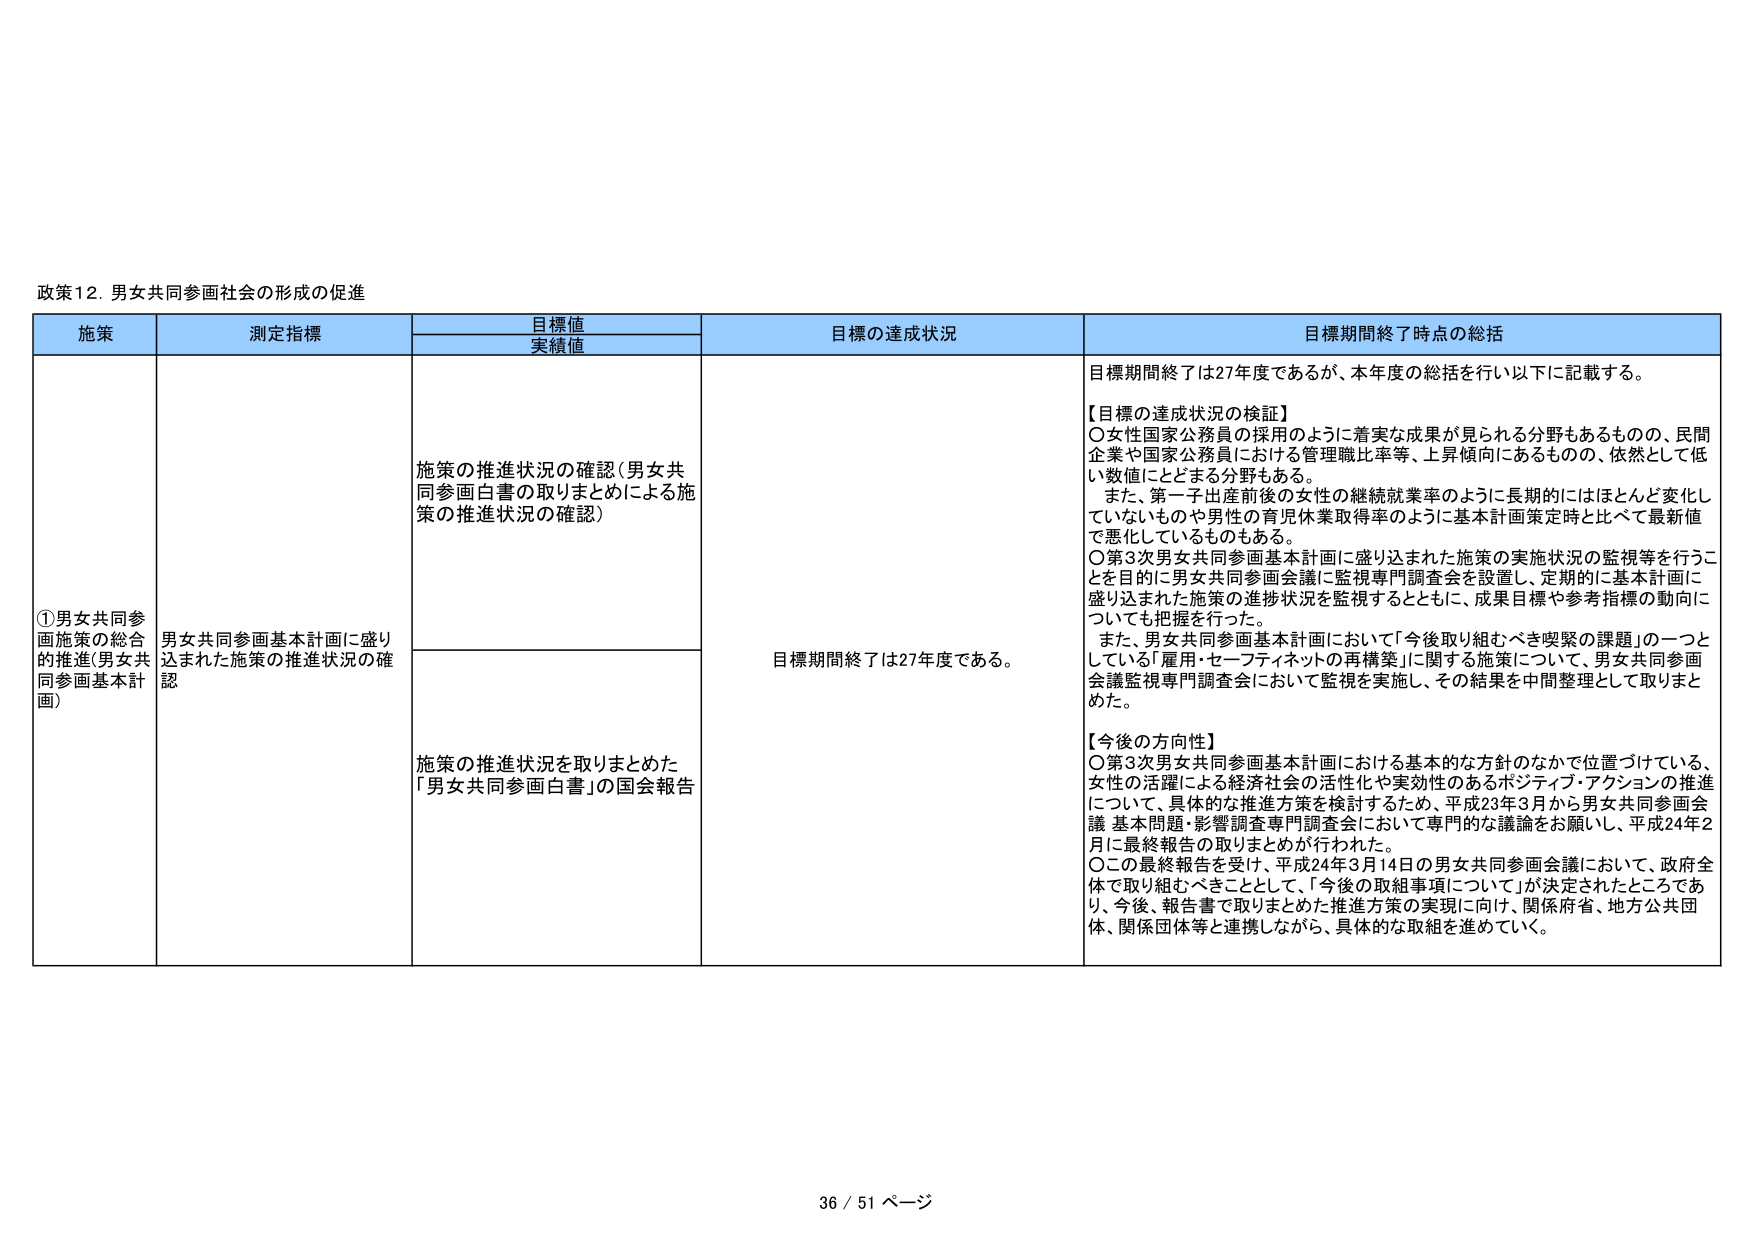
政策12. 男女共同参画社会の形成の促進

施策　　　　　　　　　測定指標　　　　　　　　　目標値　　　　　　　　　目標の達成状況　　　　　　　　　目標期間終了時点の総括
　　　　　　　　　　　　　　　　　　　　　実績値

①男女共同参画施策の総合的推進（男女共同参画基本計画）
　　　　　　　　　男女共同参画基本計画に盛り込まれた施策の推進状況の確認

　　　　　　　　　施策の推進状況の確認（男女共同参画白書の取りまとめによる施策の推進状況の確認）

　　　　　　　　　施策の推進状況を取りまとめた「男女共同参画白書」の国会報告

　　　　　　　　　目標期間終了は27年度である。

目標期間終了は27年度であるが、本年度の総括を行い以下に記載する。

【目標の達成状況の検証】
〇女性国家公務員の採用のように着実な成果が見られる分野もあるものの、民間企業や国家公務員における管理職比率等、上昇傾向にあるものの、依然として低い数値にとどまる分野もある。
　また、第一子出産前後の女性の継続就業率のように長期的にはほとんど変化していないものや男性の育児休業取得率のように基本計画策定時と比べて最新値で悪化しているものもある。
〇第3次男女共同参画基本計画に盛り込まれた施策の実施状況の監視等を行うことを目的に男女共同参画会議に監視専門調査会を設置し、定期的に基本計画に盛り込まれた施策の進捗状況を監視するとともに、成果目標や参考指標の動向についても把握を行った。
　また、男女共同参画基本計画において「今後取り組むべき喫緊の課題」の一つとしている「雇用・セーフティネットの再構築」に関する施策について、男女共同参画会議監視専門調査会において監視を実施し、その結果を中間整理として取りまとめた。

【今後の方向性】
〇第3次男女共同参画基本計画における基本的な方針のなかで位置づけている、女性の活躍による経済社会の活性化や実効性のあるポジティブ・アクションの推進について、具体的な推進方策を検討するため、平成23年3月から男女共同参画会議 基本問題・影響調査専門調査会において専門的な議論をお願いし、平成24年2月に最終報告の取りまとめが行われた。
〇この最終報告を受け、平成24年3月14日の男女共同参画会議において、政府全体で取り組むべきこととして、「今後の取組事項について」が決定されたところであり、今後、報告書で取りまとめた推進方策の実現に向け、関係府省、地方公共団体、関係団体等と連携しながら、具体的な取組を進めていく。

36 / 51 ページ